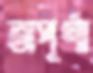
অপূর্ণা